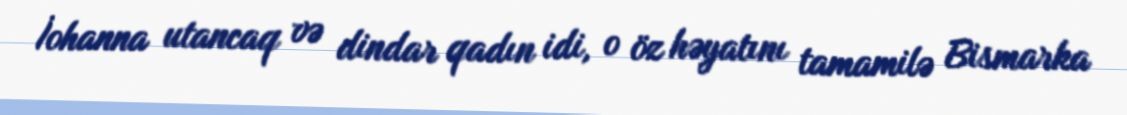
İohanna utancaq və dindar qadın idi, o öz həyatını tamamilə Bismarka